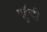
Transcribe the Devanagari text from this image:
पहुॅची